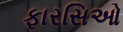
ફારસિઓ